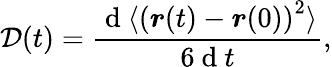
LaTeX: \mathcal{D}(t)=\frac{{\mathrm{{~d~}}\langle\left(\boldsymbol{r}(t)-\boldsymbol{r}(0)\right)^{2}\rangle}}{{6\mathrm{{~d~}}t}},